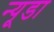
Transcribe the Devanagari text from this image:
न्यूडा